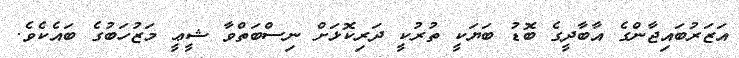
އަޒަރުބައިޖާާންގެ އާބާދީގެ ބޮޑު ބަޔަކީ ތުރުކީ ދަރިކޮޅަށް ނިސްބަތްވާ ޝީޢީ މަޒުހަބުގެ ބައެކެވެ.